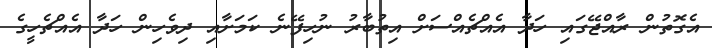
އެގޮތުން ރާއްޖޭގައި ހަދާ އެއްޗެއްސަށް އިތުބާރު ނުހިފޭނެ ކަމަށާއި ދިވެހިން ހަދާ އެއްޗެހީގެ